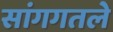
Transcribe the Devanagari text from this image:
सांगगतले